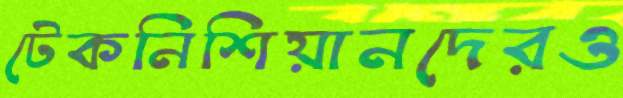
টেকনিশিয়ানদেরও